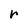
Character: r